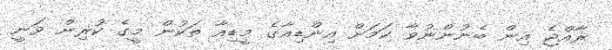
ރާއްޖެ އިން ބެނުންނުވާ ކަމަށް އިންޑިއާގެ މީޑިއާ ތަކުން މީގެ ކުރިން ވަނީ